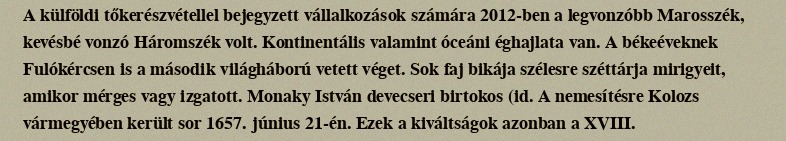
A külföldi tőkerészvétellel bejegyzett vállalkozások számára 2012-ben a legvonzóbb Marosszék, kevésbé vonzó Háromszék volt. Kontinentális valamint óceáni éghajlata van. A békeéveknek Fulókércsen is a második világháború vetett véget. Sok faj bikája szélesre széttárja mirigyeit, amikor mérges vagy izgatott. Monaky István devecseri birtokos (id. A nemesítésre Kolozs vármegyében került sor 1657. június 21-én. Ezek a kiváltságok azonban a XVIII.